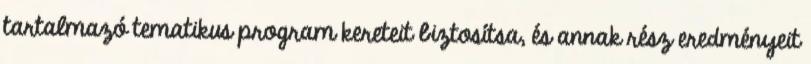
tartalmazó tematikus program kereteit biztosítsa, és annak rész eredményeit